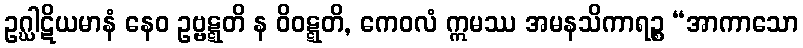
ဥဂ္ဃါဋိယမာနံ နေဝ ဥဗ္ဗဋ္ဋတိ န ဝိဝဋ္ဋတိ, ကေဝလံ ဣမဿ အမနသိကာရဉ္စ “အာကာသော